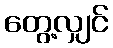
တွေ့လျှင်